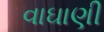
વાઘાણી